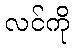
လင်ကို